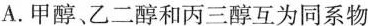
A.甲醇、乙二醇和丙三醇互为同系物